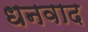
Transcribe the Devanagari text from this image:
धनवाद